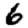
Digit: 6